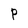
Character: P